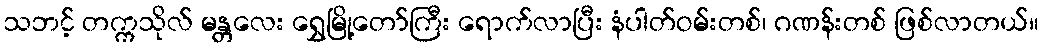
သဘင့် တက္ကသိုလ် မန္တလေး ရွှေမြို့တော်ကြီး ရောက်လာပြီး နံပါတ်ဝမ်းတစ်၊ ဂဏန်းတစ် ဖြစ်လာတယ်။